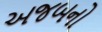
અજબનો